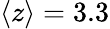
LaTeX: \langle z\rangle=3.3